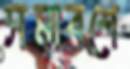
সমাবশে